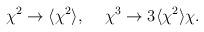
LaTeX: \begin{align*}{\chi}^2 \to \langle {\chi}^2 \rangle,\hspace{5 mm}{\chi}^3 \to 3 \langle {\chi}^2 \rangle {\chi}.\end{align*}